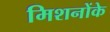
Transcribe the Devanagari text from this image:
मिशनोंके